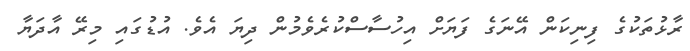
ރާޅުތަކުގެ ފިނިކަން އޭނަގެ ފަޔަށް އިހުސާސްކުރެވެމުން ދިޔަ އެވެ. އުޑުގައި މިރޭ އާދަޔާ